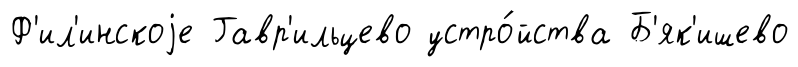
Ф'ил'инскоjе Гавр'ильцево устро́йства Б'як'ишево